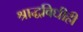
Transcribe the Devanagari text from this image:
श्राद्धविधीही